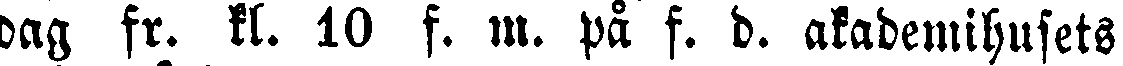
dag fr. kl. 10 f. m. på f. d. akademihusets